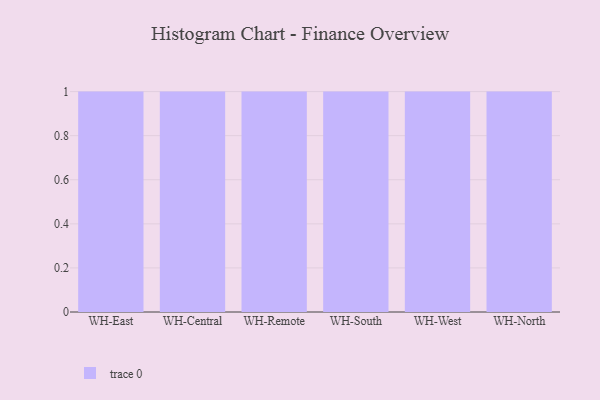
{"axis": {"x": "Warehouse", "y": "Net Income (USD K)"}, "legend": [""], "data": [{"x": "WH-East", "y": 2, "type": ""}, {"x": "WH-Central", "y": 7, "type": ""}, {"x": "WH-Remote", "y": 91, "type": ""}, {"x": "WH-South", "y": 18, "type": ""}, {"x": "WH-West", "y": 47, "type": ""}, {"x": "WH-North", "y": 21, "type": ""}]}